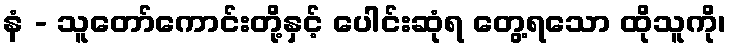
နံ - သူတော်ကောင်းတို့နှင့် ပေါင်းဆုံရ တွေ့ရသော ထိုသူကို၊